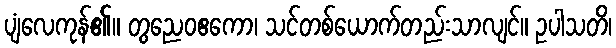
ပျံလေကုန်၏။ တွညေဝဧကော၊ သင်တစ်ယောက်တည်းသာလျင်။ ဥပါသတိ၊